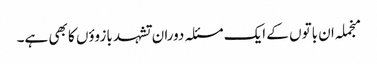
منجملہ ان باتوں کے ایک مسئلہ دوران تشہد بازوؤں کا بھی ہے۔